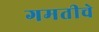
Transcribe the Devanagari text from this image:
गमतीचे